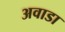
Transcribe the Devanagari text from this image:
अवाडा